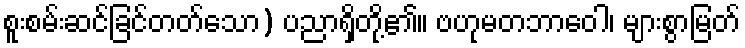
စူးစမ်းဆင်ခြင်တတ်သော) ပညာရှိတို့၏။ ဗဟုမတဘာဝေါ၊ များစွာမြတ်